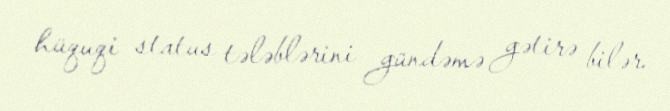
hüquqi status tələblərini gündəmə gətirə bilər.